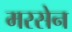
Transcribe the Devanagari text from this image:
मरसेन